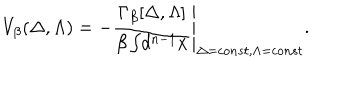
V _ { \beta } ( \Delta , \Lambda ) = - \left. \frac { \Gamma _ { \beta } [ \Delta , \Lambda ] } { \beta \int \! d ^ { n - 1 } x } \right| _ { \Delta = c o n s t , \Lambda = c o n s t } .